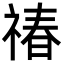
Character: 𬓉